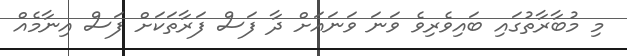
މި މުބާރާތުގައި ބައިވެރިވެ ވަނަ ވަނައަށް ދާ ފަސް ފަރާތަކަށް ފަސް އިނާމެއް